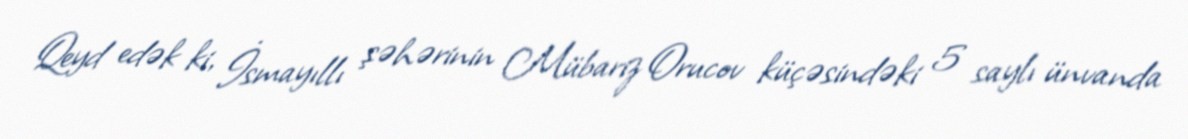
Qeyd edək ki, İsmayıllı şəhərinin Mübariz Orucov küçəsindəki 5 saylı ünvanda